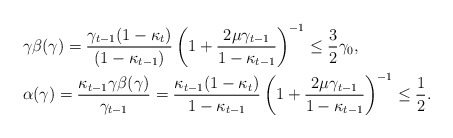
\begin{align*}&\gamma\beta(\gamma)=\frac{\gamma_{t-1}(1-\kappa_t)}{(1-\kappa_{t-1})}\left(1+\frac{2\mu\gamma_{t-1}}{1-\kappa_{t-1}}\right)^{-1}\leq\frac{3}{2}\gamma_0, \\ &\alpha(\gamma)=\frac{\kappa_{t-1}\gamma\beta(\gamma)}{\gamma_{t-1}}=\frac{\kappa_{t-1}(1-\kappa_{t})}{1-\kappa_{t-1}}\left(1+\frac{2\mu\gamma_{t-1}}{1-\kappa_{t-1}}\right)^{-1}\leq\frac{1}{2}. \end{align*}